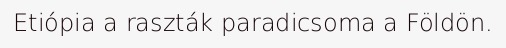
Etiópia a raszták paradicsoma a Földön.